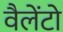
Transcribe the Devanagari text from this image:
वैलेंटो